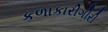
કળાકારીગીરી